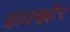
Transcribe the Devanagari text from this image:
झक्झोर